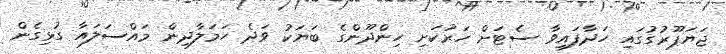
ޖަޔަޕޫރުގުގައި ހަދާފައިވާ ސެޓަށް ހަރުކަށި ހިންދޫންގެ ބަޔަކު ވަދެ ހަމަލާދިން މައްސަލައާ ގުޅިގެން